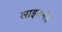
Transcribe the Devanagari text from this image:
लाइकर्गस